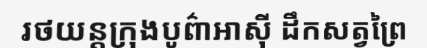
រថយន្តក្រុងបូព៌ាអាស៊ី ដឹកសត្វព្រៃ